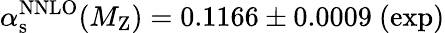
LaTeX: \alpha_{\mathrm{s}}^{\mathrm{NNLO}}(M_{\mathrm{Z}})=0.1166\pm 0.0009~(\mathrm{exp)}